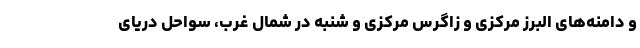
و دامنه‌های البرز مرکزی و زاگرس مرکزی و شنبه در شمال غرب، سواحل دریای